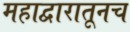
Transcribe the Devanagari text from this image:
महाद्वारातूनच